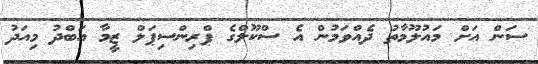
ސަން އަށް މައުލޫމާތު ދެއްވަމުން އެ ސްކޫލްގެ ޕްރިންސިޕަލް ޒީމާ އަބްދު މިއަދު